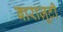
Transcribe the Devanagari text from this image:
बाराज़ूटी